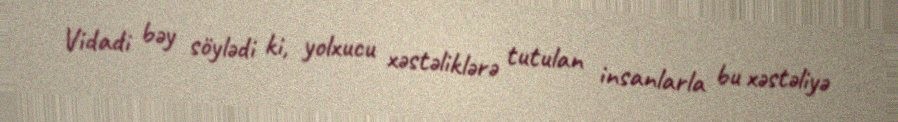
Vidadi bəy söylədi ki, yolxucu xəstəliklərə tutulan insanlarla bu xəstəliyə